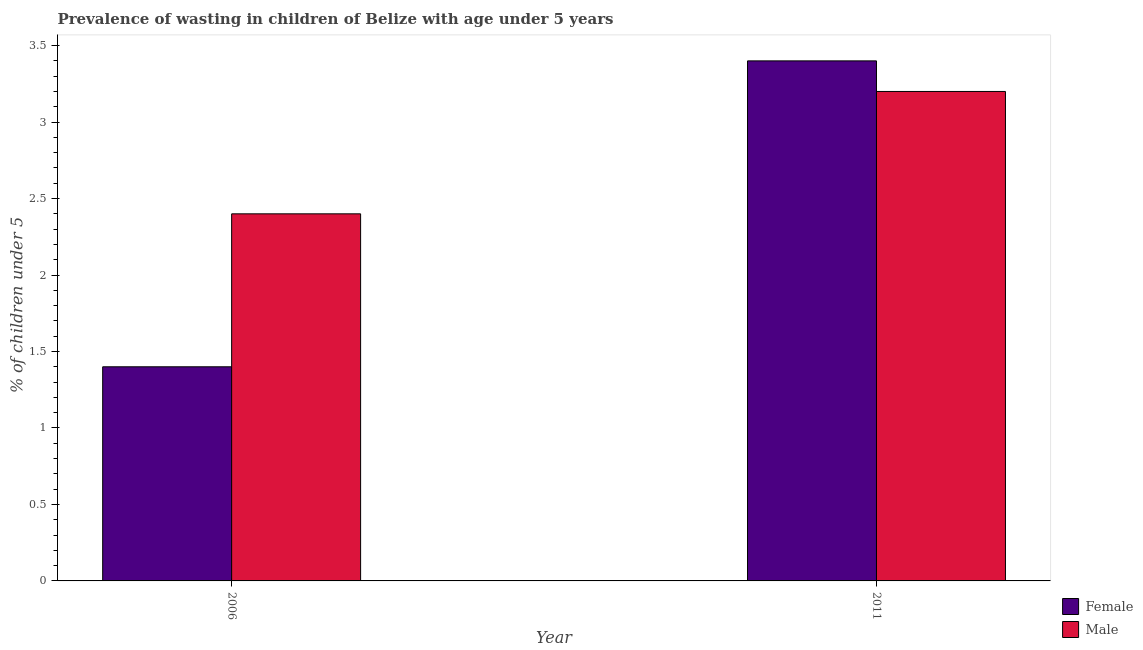
| Year | Female | Male |
 | --- | --- | --- |
 | 2006 | 1.4 | 2.4 |
 | 2011 | 3.4 | 3.2 |